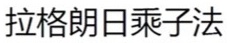
拉格朗日乘子法